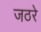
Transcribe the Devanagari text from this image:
जठरे